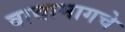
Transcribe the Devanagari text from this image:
वाद्यामागचे